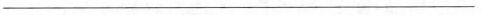
___